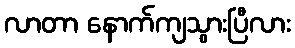
လာတာ နောက်ကျသွားပြီလား